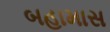
બહામાસ